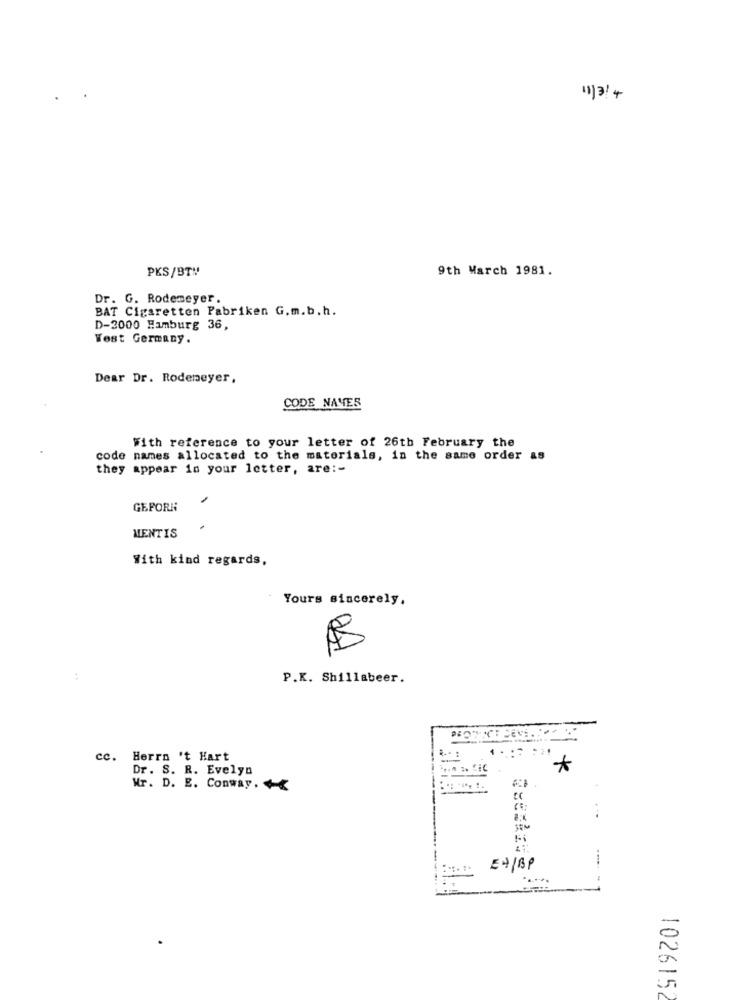
11/3/4
PKS/BT!
9th March 1981.
Dr. G. Rodemeyer.
BAT Cigaretten Fabriken G.m.b.h.
D-2000 Hamburg 36,
West Germany.
Dear Dr. Rodemeyer,
CODE NAVES
With reference to your letter of 26th February the
code names allocated to the materials, in the same order as
they appear in your letter, are :-
GEPORN
MENTIS
With kind regards,
Yours sincerely,
P.K. Shillabeer.
R -. :
cc. Herrn 't Hart
Dr. S. R. Evelyn
... na. Lic
*
Mr. D. E. Conway.
....
EN/BP
1026152